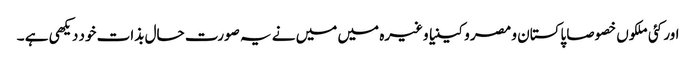
اور کئی ملکوں خصوصا پاکستان و مصر و کینیا وغیرہ میں میں نے یہ صورت حال بذات خود دیکھی ہے ۔